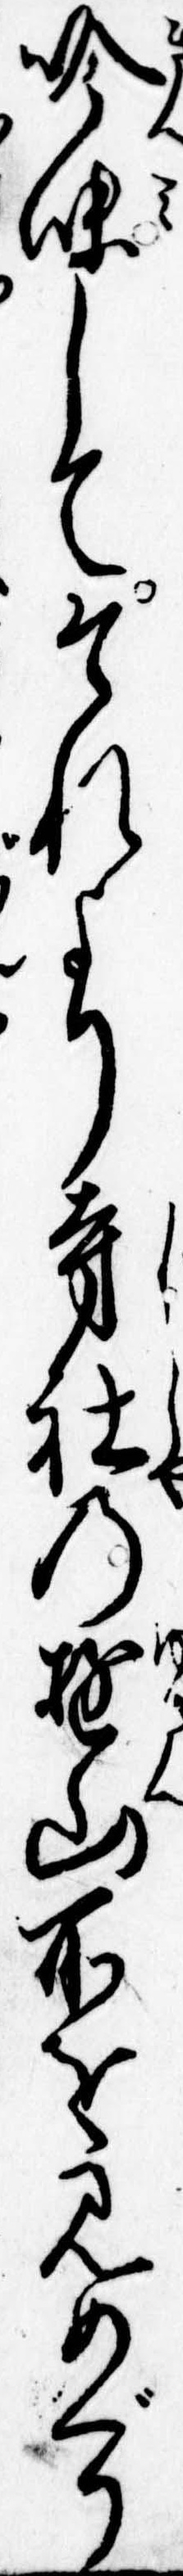
吟味してそれより寺社の遊山所を見めぐり